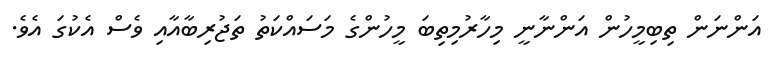
އަންނަން ތިބިމީހުން އަންނާނީ މިހާރުމިތިބަ މީހުންގެ މަސައްކަތު ތަޖުރިބާއާއި ވެސް އެކުގަ އެވެ.